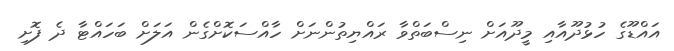
އައްޑޫގެ ހުޅުދޫއާއި މީދޫއަށް ނިސްބަތްވާ ރައްޔިތުންނަށް ހާއްސަކޮށްގެން އަލަށް ބަހައްޓާ ދެ ފޮށި